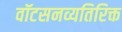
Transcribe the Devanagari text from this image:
वॉटसनव्यतिरिक्त